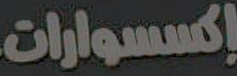
إكسسوارات